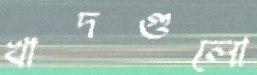
খাদগুলো